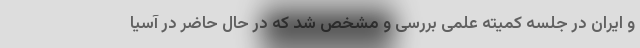
و ایران در جلسه کمیته علمی بررسی و مشخص شد که در حال حاضر در آسیا